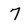
Character: 7